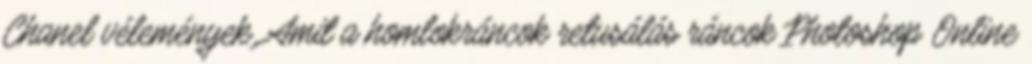
Chanel vélemények. Amit a homlokráncok retusálás ráncok Photoshop Online